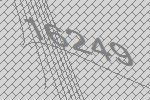
16249